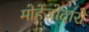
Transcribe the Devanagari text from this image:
मोहेंजोदारो